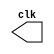
// -------------------------
// Exemplo00042 - 
// Nome: Flavio Andrade Amaral Motta 
// --------------------------- 


// --------------------------- 
// -- test clock generator (2) 
// --------------------------- 
	module clock ( clk ); 
	output clk; 
	reg clk; 
	initial 

begin 
	clk = 1'b0; 
end 
	always 
begin 
	#12 clk = ~clk; 
end 

endmodule 
	module pulse ( signal, clock ); 
	input clock; 
	output signal; 
	reg signal; 
		always @ ( clock ) 
begin 
	signal = 1'b1; 
	#3 signal = 1'b0; 
	#3 signal = 1'b1; 
	#3 signal = 1'b0; 
end 
endmodule // pulse 
	module trigger ( signal, on, clock ); 
	input on, clock; 
	output signal; 
	reg signal; 
	always @ ( posedge clock & on ) 
begin 
	#60 signal = 1'b1; 
	#60 signal = 1'b0; 
end 
endmodule // trigger 
	module Exemplo0053; 
	wire clock; 
	clock clk ( clock ); 
	reg p; 
	wire p1,t1; 
	pulse PULSE1 ( p1, clock ); 
	trigger TRIGGER1 ( t1, p, clock ); 
initial begin 
	p = 1'b0; 
end 

initial begin 
	$display ("Flavio Andrade Amaral Motta");
	$dumpfile ( "Exemplo0053.vcd" ); 
	$dumpvars ( 1, clock, p1, p, t1 ); 
	#060 p = 1'b1; 
	#120 p = 1'b0; 
	#180 p = 1'b1; 
	#240 p = 1'b0; 
	#300 p = 1'b1; 
	#360 p = 1'b0; 
	#376 $finish; 
end 
endmodule // Exemplo0053